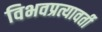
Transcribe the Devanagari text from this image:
विभवप्रत्यावर्ती